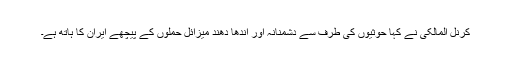
کرنل المالکی نے کہا حوثیوں کی طرف سے دشمنانہ اور اندھا دھند میزائل حملوں کے پیچھے ایران کا ہاتھ ہے۔